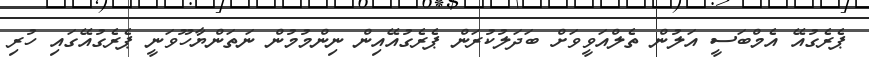
ޕެރެގުއޭ އެމްބަސީ އަލުން ތެލްއަވީވަށް ބަދަލުކުރަން ޕެރެގުއޭއިން ނިންމުމުން ނަތަންޔާހޫވަނީ ޕެރެގުއޭގައި ހުރި